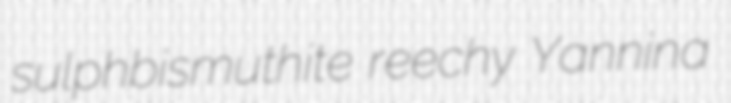
sulphbismuthite reechy Yannina